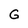
Character: G